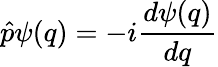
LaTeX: {\hat{p}}\psi(q)=-i{\frac{d\psi(q)}{dq}}